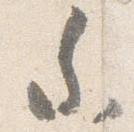
参